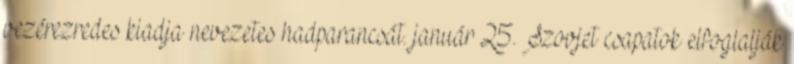
vezérezredes kiadja nevezetes hadparancsát. január 25. Szovjet csapatok elfoglalják